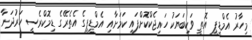
މިހާރު އެމްޑީޕީ އޮތީ ވަކިބަޔަކު ހައިޖެކްކޮށްފައި ކަމަށާއި އެމްޑީޕީގެ އެތެރޭގެ ޑިމޮކްރެސީ ހަރުދަނާ